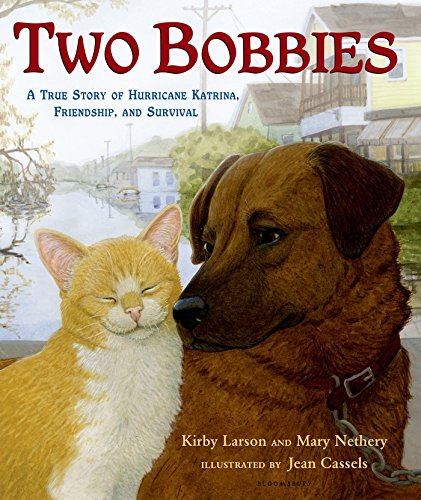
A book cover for Two Bobbies: A True Story of Hurricane Katrina, Friendship, and Survival; Kirby Larson; Science & Math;